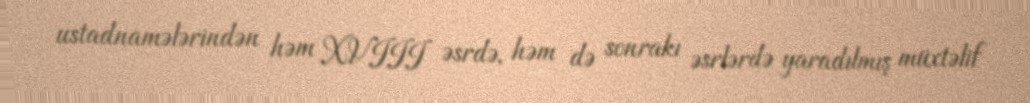
ustadnamələrindən həm XVIII əsrdə, həm də sonrakı əsrlərdə yaradılmış müxtəlif